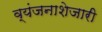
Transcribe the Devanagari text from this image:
व्यंजनाशेजारी